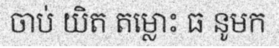
ចាប់ យិត តម្លោះ ធ នូមក